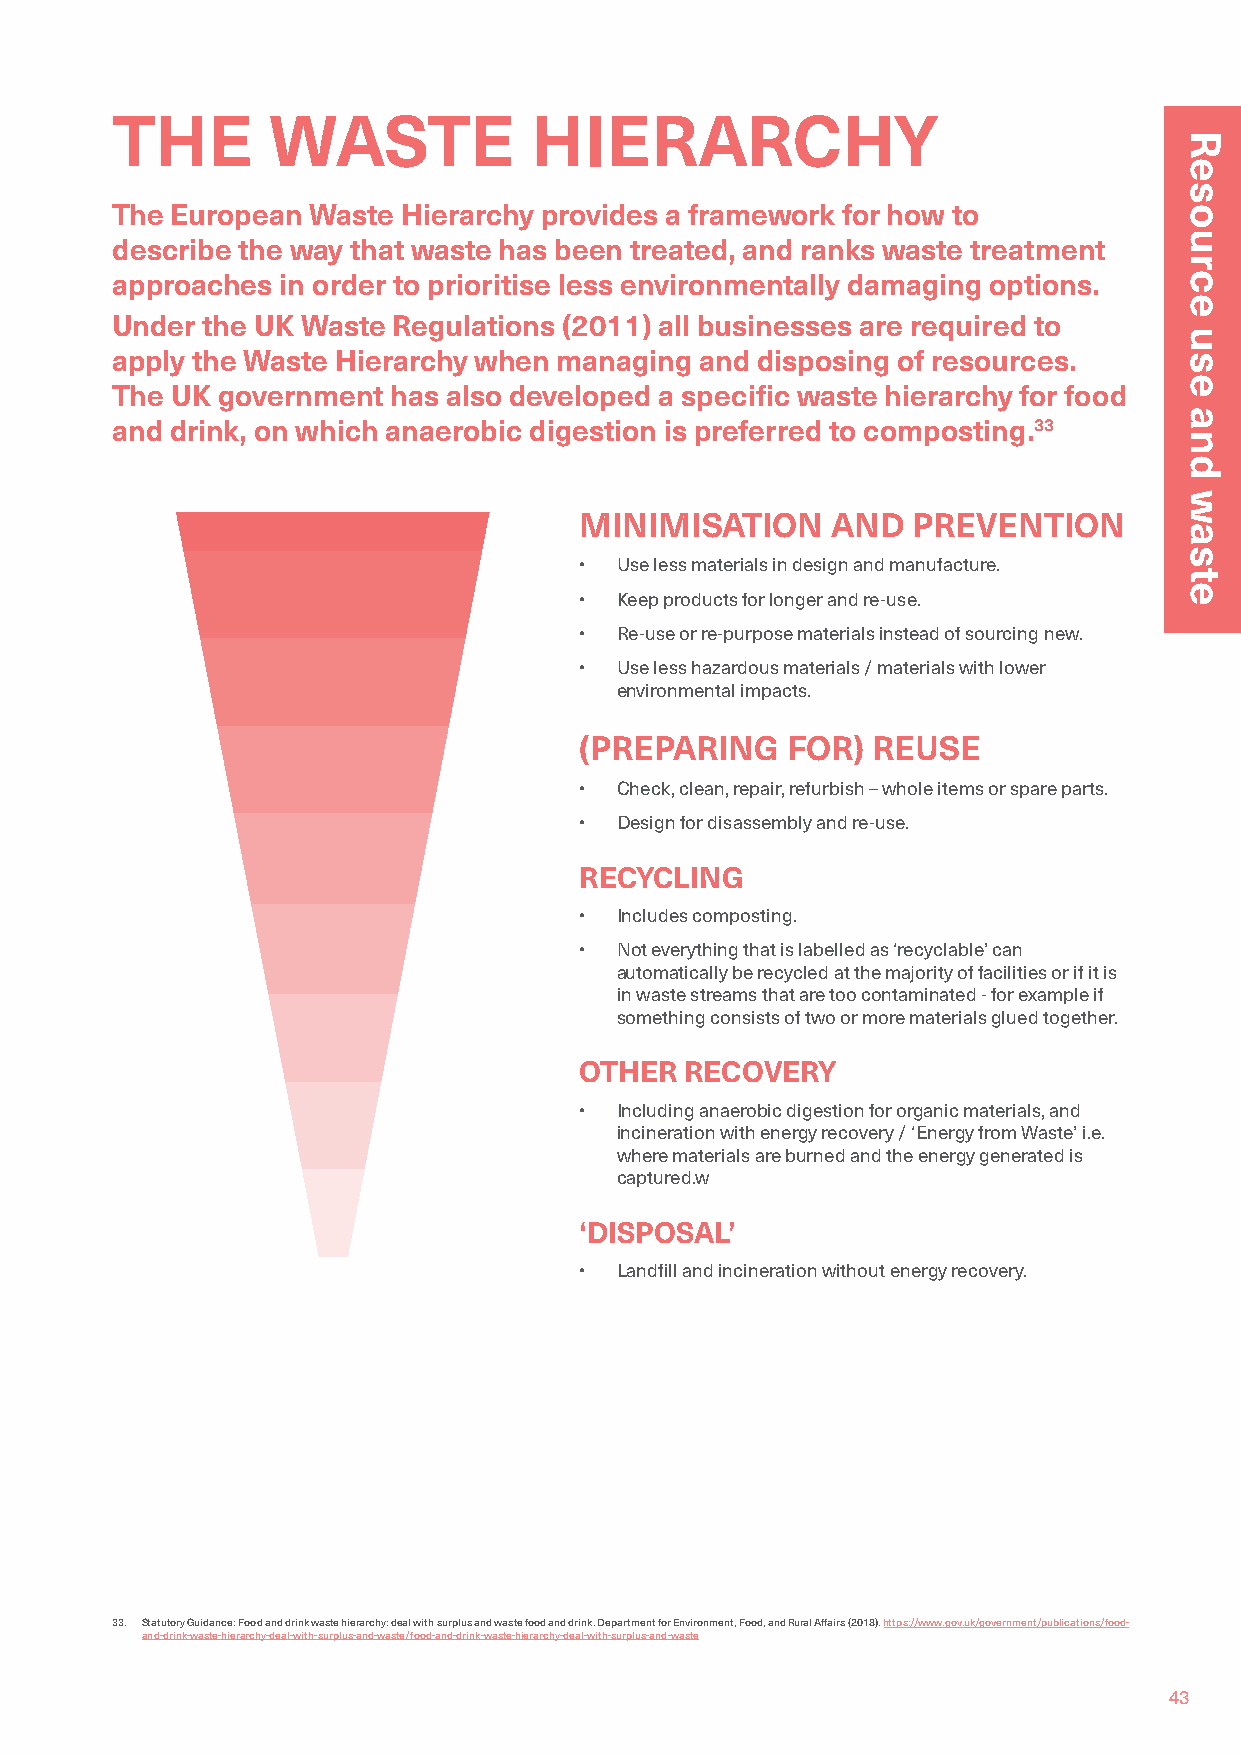
THE        WASTE            HIERARCHY
 The European  Waste Hierarchy provides a framework for how to
 describe the way that waste has been treated, and ranks waste treatment
 approaches  in order to prioritise less environmentally damaging options.
 Under the UK Waste Regulations (2011) all businesses are required to
 apply the Waste Hierarchy when managing and disposing of resources.
 The UK government  has also developed a specific waste hierarchy for food
 and drink, on which anaerobic digestion is preferred to composting.33
 MINIMISATION     AND  PREVENTION
 •  Use less materials in design and manufacture.
 •  Keep products for longer and re-use.
 •  Re-use or re-purpose materials instead of sourcing new.
 •  Use less hazardous materials / materials with lower
 environmental impacts.
 (PREPARING    FOR)  REUSE
 •  Check, clean, repair, refurbish – whole items or spare parts.
 •  Design for disassembly and re-use.
 RECYCLING
 •  Includes composting.
 •  Not everything that is labelled as ‘recyclable’ can
 automatically be recycled at the majority of facilities or if it is
 in waste streams that are too contaminated - for example if
 something consists of two or more materials glued together.
 OTHER  RECOVERY
 •  Including anaerobic digestion for organic materials, and
 incineration with energy recovery / ‘Energy from Waste’ i.e.
 where materials are burned and the energy generated is
 captured.w
 ‘DISPOSAL’
 •  Landfill and incineration without energy recovery.
 33. Statutory Guidance: Food and drink waste hierarchy: deal with surplus and waste food and drink. Department for Environment, Food, and Rural Affairs (2018). https://www.gov.uk/government/publications/food-
 and-drink-waste-hierarchy-deal-with-surplus-and-waste/food-and-drink-waste-hierarchy-deal-with-surplus-and-waste
 43
 Resource
 use
 and
 waste
 Resource
 use
 and
 waste